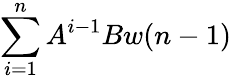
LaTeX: \sum_{i=1}^{n}A^{i-1}Bw(n-1)